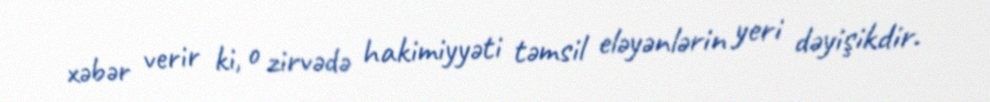
xəbər verir ki, o zirvədə hakimiyyəti təmsil eləyənlərin yeri dəyişikdir.